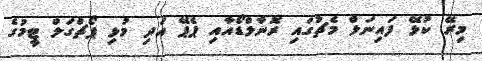
މިރޭ ކުޅޭ ފައިނަލް މެޗުގައި ރޮނާލްޑޯއާއި ޕެޕޭ އަދި މުޅި ޕޯޗްގަލް ޓީމުގެ